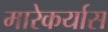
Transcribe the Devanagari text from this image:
मारेकर्यास